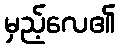
မှည့်လေ၏